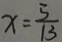
x = \frac { 5 } { 1 3 }